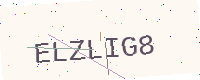
Text: ELZLIG8